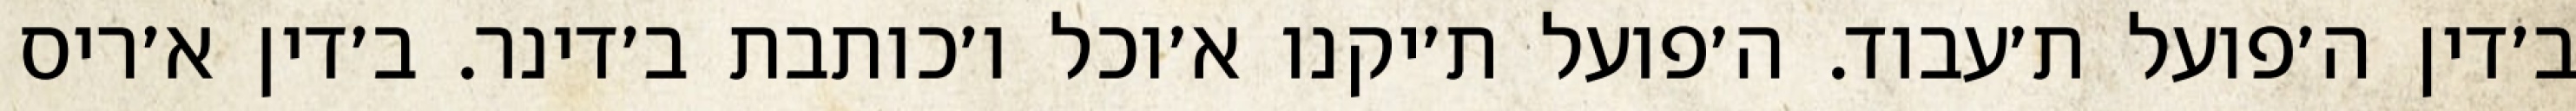
ב׳דין ה׳פועל ת׳עבוד. ה׳פועל ת׳יקנו א׳וכל ו׳כותבת ב׳דינר. ב׳דין א׳ריס